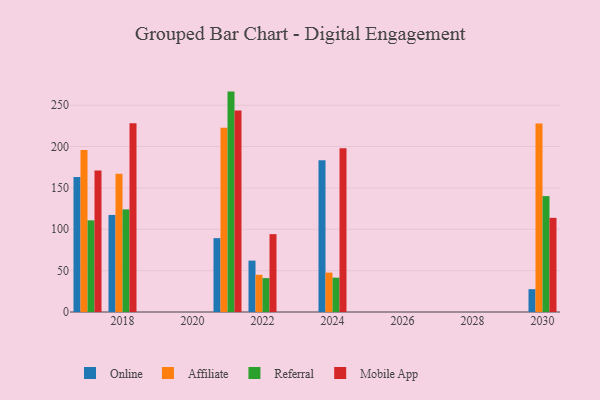
{"axis": {"x": "Year", "y": "Population (Million)"}, "legend": ["Affiliate", "Mobile App", "Online", "Referral"], "data": [{"x": "2021", "y": 89.3, "type": "Online"}, {"x": "2021", "y": 222.7, "type": "Affiliate"}, {"x": "2021", "y": 266.4, "type": "Referral"}, {"x": "2021", "y": 243.5, "type": "Mobile App"}, {"x": "2030", "y": 27.6, "type": "Online"}, {"x": "2030", "y": 227.8, "type": "Affiliate"}, {"x": "2030", "y": 140.1, "type": "Referral"}, {"x": "2030", "y": 113.8, "type": "Mobile App"}, {"x": "2022", "y": 62.1, "type": "Online"}, {"x": "2022", "y": 45.0, "type": "Affiliate"}, {"x": "2022", "y": 41.0, "type": "Referral"}, {"x": "2022", "y": 94.1, "type": "Mobile App"}, {"x": "2017", "y": 163.2, "type": "Online"}, {"x": "2017", "y": 195.9, "type": "Affiliate"}, {"x": "2017", "y": 110.8, "type": "Referral"}, {"x": "2017", "y": 171.1, "type": "Mobile App"}, {"x": "2024", "y": 183.5, "type": "Online"}, {"x": "2024", "y": 47.6, "type": "Affiliate"}, {"x": "2024", "y": 41.5, "type": "Referral"}, {"x": "2024", "y": 198.0, "type": "Mobile App"}, {"x": "2018", "y": 117.3, "type": "Online"}, {"x": "2018", "y": 167.0, "type": "Affiliate"}, {"x": "2018", "y": 124.0, "type": "Referral"}, {"x": "2018", "y": 228.1, "type": "Mobile App"}]}